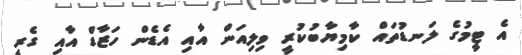
އެ ޓީމުގެ ލަނޑުތައް ކާމިޔާބުކުރީ ވިލިއަން އާއި އެޑެން ހަޒާޑް އާއި ގެރީ